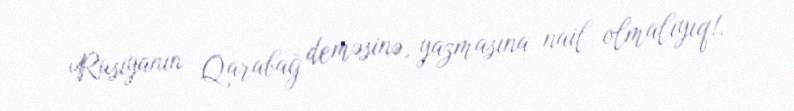
Rusiyanın Qarabağ deməsinə, yazmasına nail olmalıyıq!.